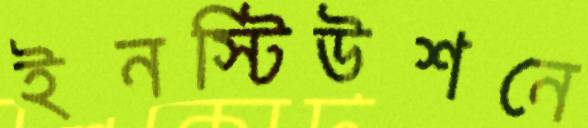
ইনস্টিউশনে